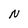
Character: N